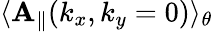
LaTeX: \langle\mathbf{A}_{\parallel}(k_{x},k_{y}=0)\rangle_{\theta}